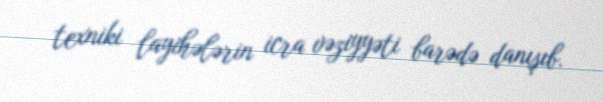
texniki layihələrin icra vəziyyəti barədə danışıb.